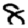
Digit: 8